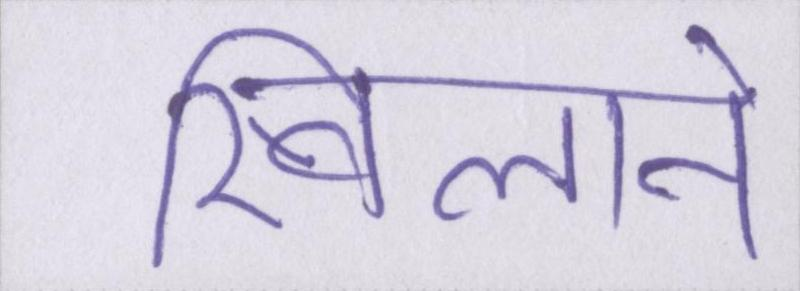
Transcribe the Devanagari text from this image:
खिलाने